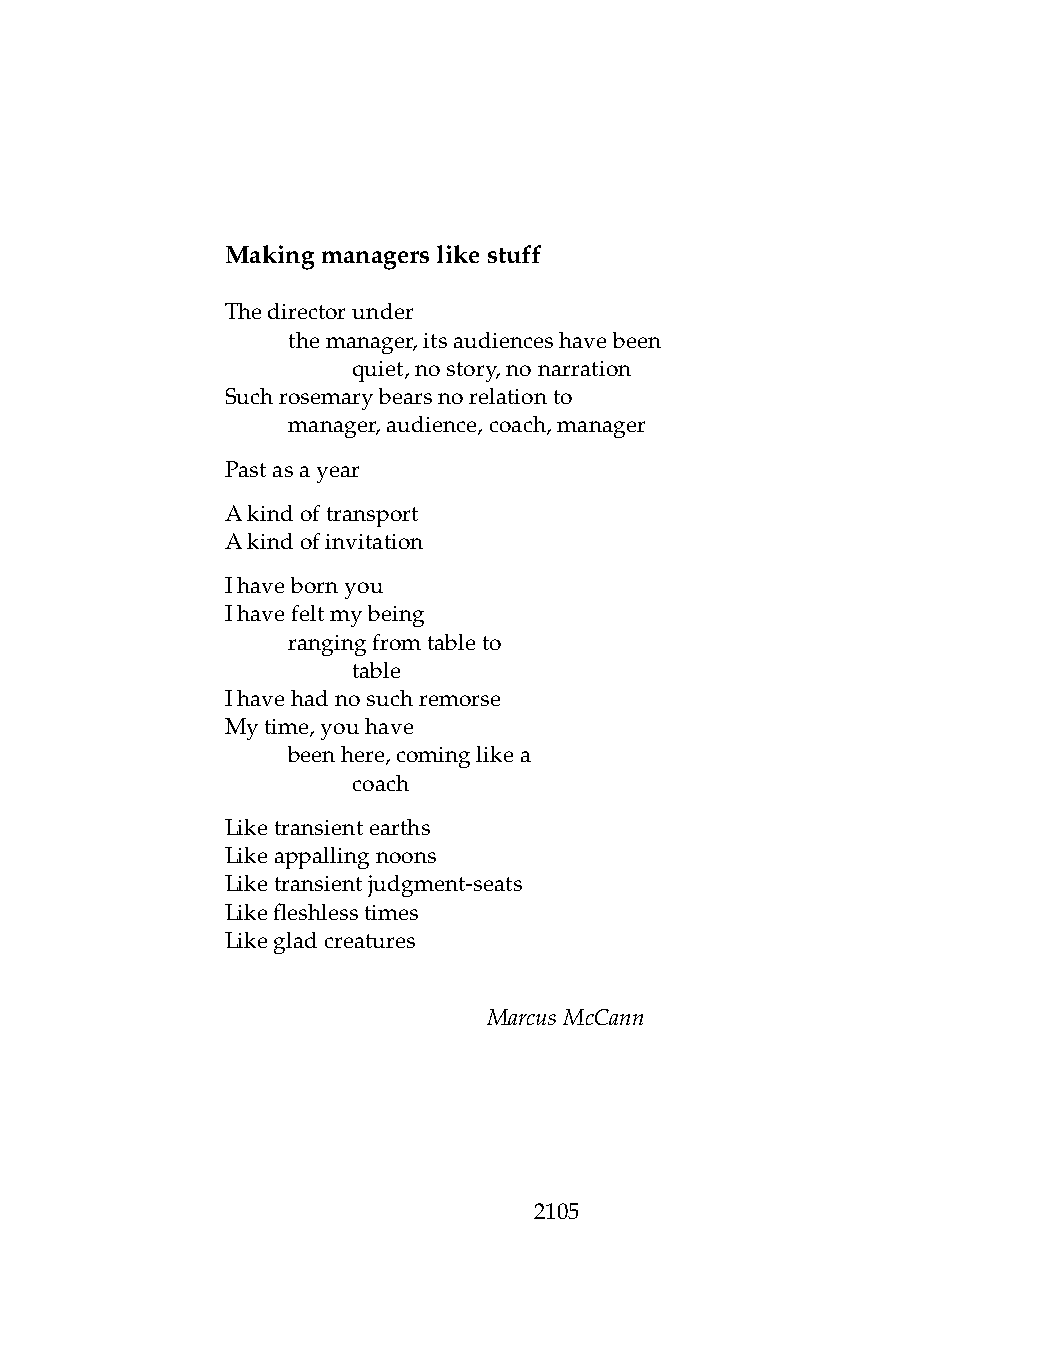
Makingmanagerslikestuff
 Thedirectorunder
 .   themanager,itsaudienceshavebeen
 .   .   quiet,nostory,nonarration
 Suchrosemarybearsnorelationto
 .   manager,audience,coach,manager
 Pastasayear
 Akindoftransport
 Akindofinvitation
 Ihavebornyou
 Ihavefeltmybeing
 .   rangingfromtableto
 .   .   table
 Ihavehadnosuchremorse
 Mytime,youhave
 .   beenhere,cominglikea
 .   .   coach
 Liketransientearths
 Likeappallingnoons
 Liketransientjudgment-seats
 Likefleshlesstimes
 Likegladcreatures
 MarcusMcCann
 2105